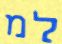
למ